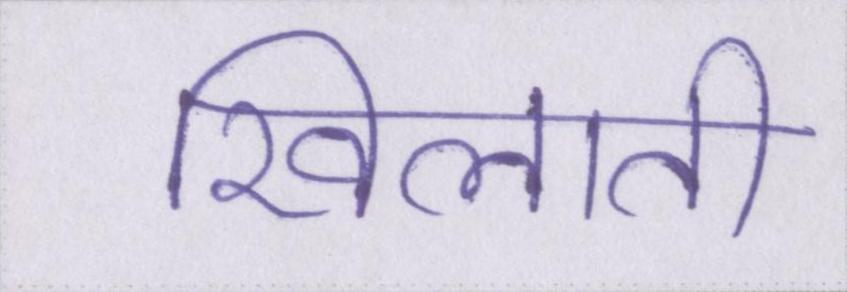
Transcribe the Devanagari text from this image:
खिलाती